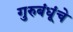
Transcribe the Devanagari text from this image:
गुरुबंधूंचे